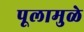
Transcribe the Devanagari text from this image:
पूलामुळे